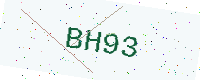
Text: BH93